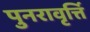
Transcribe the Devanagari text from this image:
पुनरावृर्त्ति